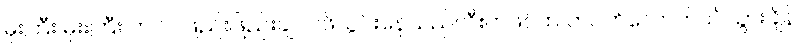
မိုးကြီး မိုးးကြီး ကလဲ ဖြည်းဖြည်းချင်ပဲဖိသွင်းနေသည်လီးကဖင်ထဲ တဝက်လောက်ဝင်သွားချိန်